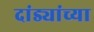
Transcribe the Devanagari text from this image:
दांड्यांच्या